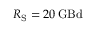
R _ { \mathrm { S } } = 2 0 \, \mathrm { G B d }